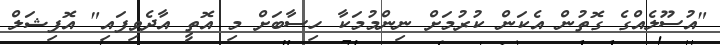
"އުސޫލެއްގެ ގޮތުން އެކަން ކުރުމަށް ނިންމުމަކާ ހިސާބަށް މި އޮތީ އާދެވިފައި" އޮފިޝަލް